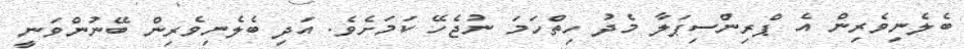
ބެލެނިވެރިން އެ ޕްރިންސިޕަލާ މެދު ހިތްހަމަ ނުޖެހޭ ކަމަށެވެ. އަދި ބެލެނިވެރިން ބޭނުންވަނީ